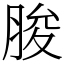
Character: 脧